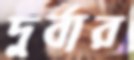
দুর্বার